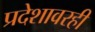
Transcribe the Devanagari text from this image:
प्रदेशावरही